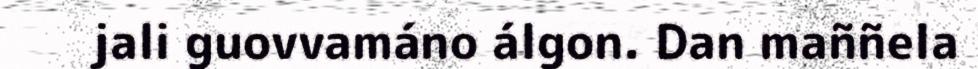
jali guovvamáno álgon. Dan maññela